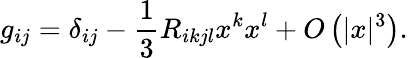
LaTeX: g_{ij}=\delta_{ij}-{\frac{1}{3}}R_{ikjl}x^{k}x^{l}+O\left(|x|^{3}\right).